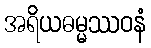
အရိယဓမ္မဿဝနံ